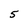
Character: 5